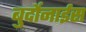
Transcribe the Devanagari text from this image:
बुर्दोनाईस